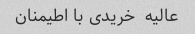
عالیه  خریدی با اطیمنان